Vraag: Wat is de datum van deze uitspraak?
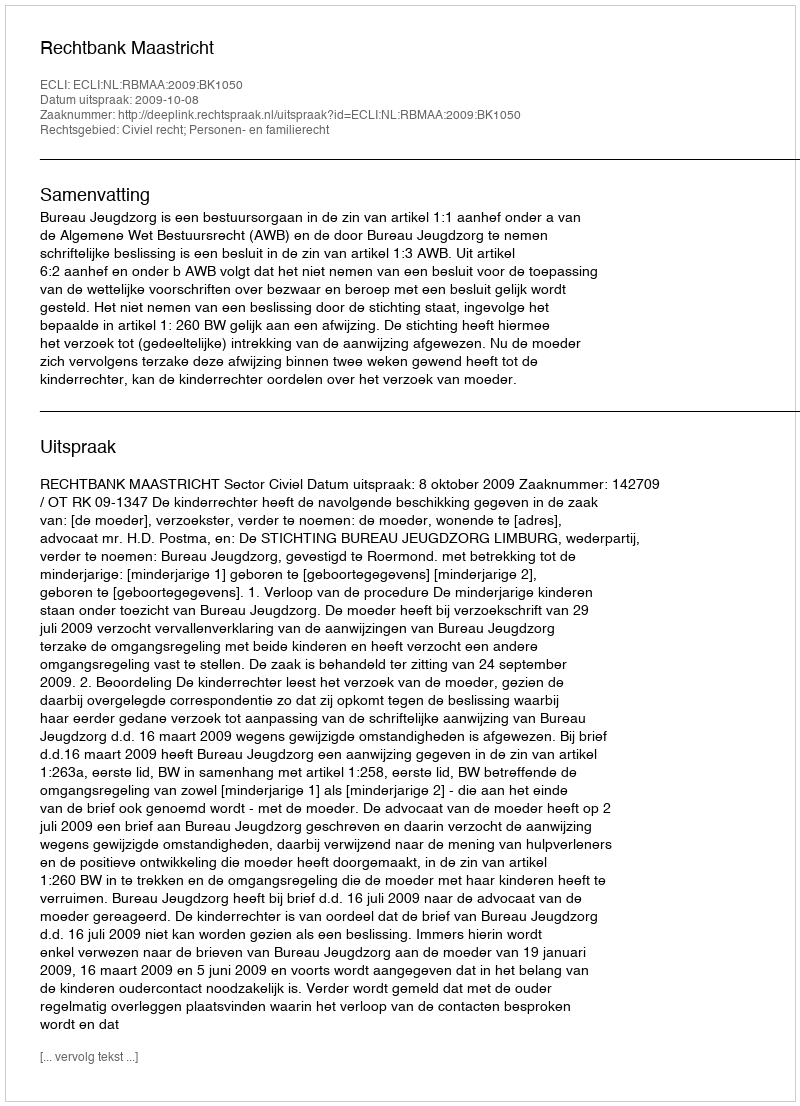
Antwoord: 2009-10-08